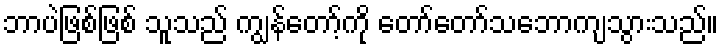
ဘာပဲဖြစ်ဖြစ် သူသည် ကျွန်တော့်ကို တော်တော်သဘောကျသွားသည်။